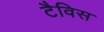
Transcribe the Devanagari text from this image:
टैविस